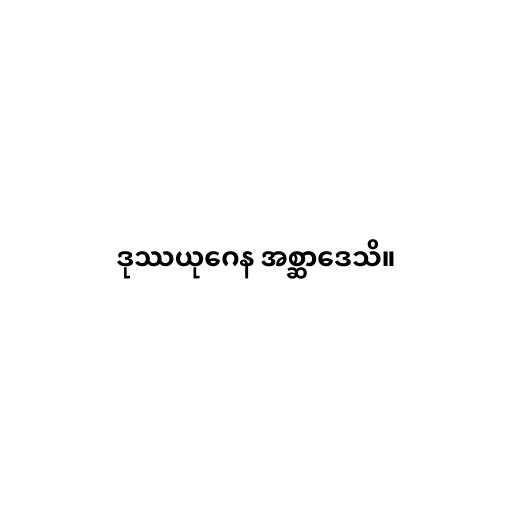
ဒုဿယုဂေန အစ္ဆာဒေသိ။